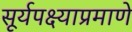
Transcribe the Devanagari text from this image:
सूर्यपक्ष्याप्रमाणे